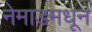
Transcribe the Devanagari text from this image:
नेमाडमधून